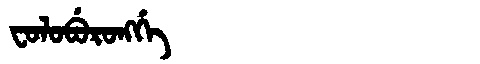
Manchu: ᠸᠣᠯᠣᠪᡠᡵᠣᠩᡤᡝ
Romanization: FOLOBURONGGE